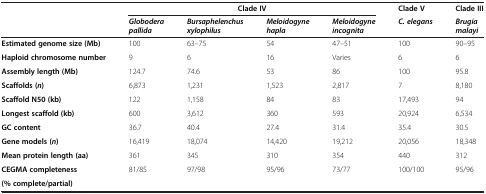
<table><thead><tr><td><b> </b></td><td colspan="4"><b>Clade IV</b></td><td><b>Clade V</b></td><td><b>Clade III</b></td></tr><tr><td><b> </b></td><td><b><i>Globodera pallida</i></b></td><td><b><i>Bursaphelenchus xylophilus</i></b></td><td><b><i>Meloidogyne hapla</i></b></td><td><b><i>Meloidogyne incognita</i></b></td><td><b><i>C. elegans</i></b></td><td><b><i>Brugia malayi</i></b></td></tr></thead><tbody><tr><td><b>Estimated genome size (Mb)</b></td><td>100</td><td>63–75</td><td>54</td><td>47–51</td><td>100</td><td>90–95</td></tr><tr><td><b>Haploid chromosome number</b></td><td>9</td><td>6</td><td>16</td><td>Varies</td><td>6</td><td>6</td></tr><tr><td><b>Assembly length (Mb)</b></td><td>124.7</td><td>74.6</td><td>53</td><td>86</td><td>100</td><td>95.8</td></tr><tr><td><b>Scaffolds ( </b><b><i>n </i></b><b>)</b></td><td>6,873</td><td>1,231</td><td>1,523</td><td>2,817</td><td>7</td><td>8,180</td></tr><tr><td><b>Scaffold N50 (kb)</b></td><td>122</td><td>1,158</td><td>84</td><td>83</td><td>17,493</td><td>94</td></tr><tr><td><b>Longest scaffold (kb)</b></td><td>600</td><td>3,612</td><td>360</td><td>593</td><td>20,924</td><td>6,534</td></tr><tr><td><b>GC content</b></td><td>36.7</td><td>40.4</td><td>27.4</td><td>31.4</td><td>35.4</td><td>30.5</td></tr><tr><td><b>Gene models ( </b><b><i>n </i></b><b>)</b></td><td>16,419</td><td>18,074</td><td>14,420</td><td>19,212</td><td>20,056</td><td>18,348</td></tr><tr><td><b>Mean protein length (aa)</b></td><td>361</td><td>345</td><td>310</td><td>354</td><td>440</td><td>312</td></tr><tr><td><b>CEGMA completeness</b></td><td>81/85</td><td>97/98</td><td>95/96</td><td>73/77</td><td>100/100</td><td>95/96</td></tr><tr><td><b>(% complete/partial)</b></td><td> </td><td> </td><td> </td><td> </td><td> </td><td> </td></tr></tbody></table>